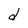
Character: d